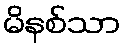
မိနစ်သာ